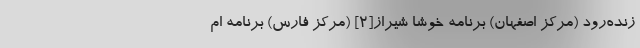
زنده‌رود (مرکز اصفهان) برنامه خوشا شیراز[۲] (مرکز فارس) برنامه ام